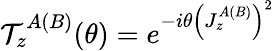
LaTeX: \begin{array}{r}{\mathcal{T}_{z}^{A(B)}(\theta)=e^{-i\theta\left(J_{z}^{A(B)}\right)^{2}}}\end{array}